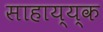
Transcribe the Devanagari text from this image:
साहाय्य्क